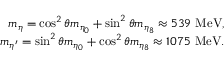
\begin{array} { r l r } & { } & { m _ { \eta } = \cos ^ { 2 } \theta m _ { \eta _ { 0 } } + \sin ^ { 2 } \theta m _ { \eta _ { 8 } } \approx 5 3 9 \ \mathrm { { M e V } } , } \\ & { } & { m _ { \eta ^ { \prime } } = \sin ^ { 2 } \theta m _ { \eta _ { 0 } } + \cos ^ { 2 } \theta m _ { \eta _ { 8 } } \approx 1 0 7 5 \ { \mathrm { M e V } } . } \end{array}